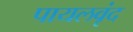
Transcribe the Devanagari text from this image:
पायलवृंद